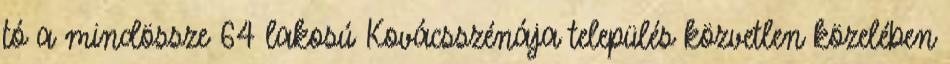
tó a mindössze 64 lakosú Kovácsszénája település közvetlen közelében